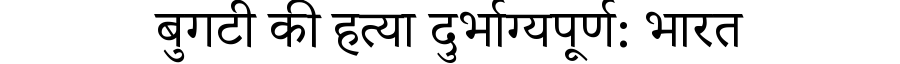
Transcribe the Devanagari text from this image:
बुगटी की हत्या दुर्भाग्यपूर्ण: भारत